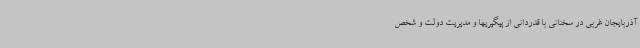
آذربایجان غربی در سخنانی با قدردانی از پیگیریها و مدیریت دولت و شخص